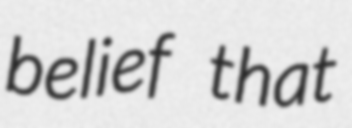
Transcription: belief that